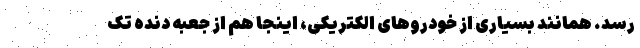
رسد. همانند بسیاری از خودروهای الکتریکی، اینجا هم از جعبه دنده تک